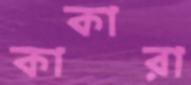
কাকারা